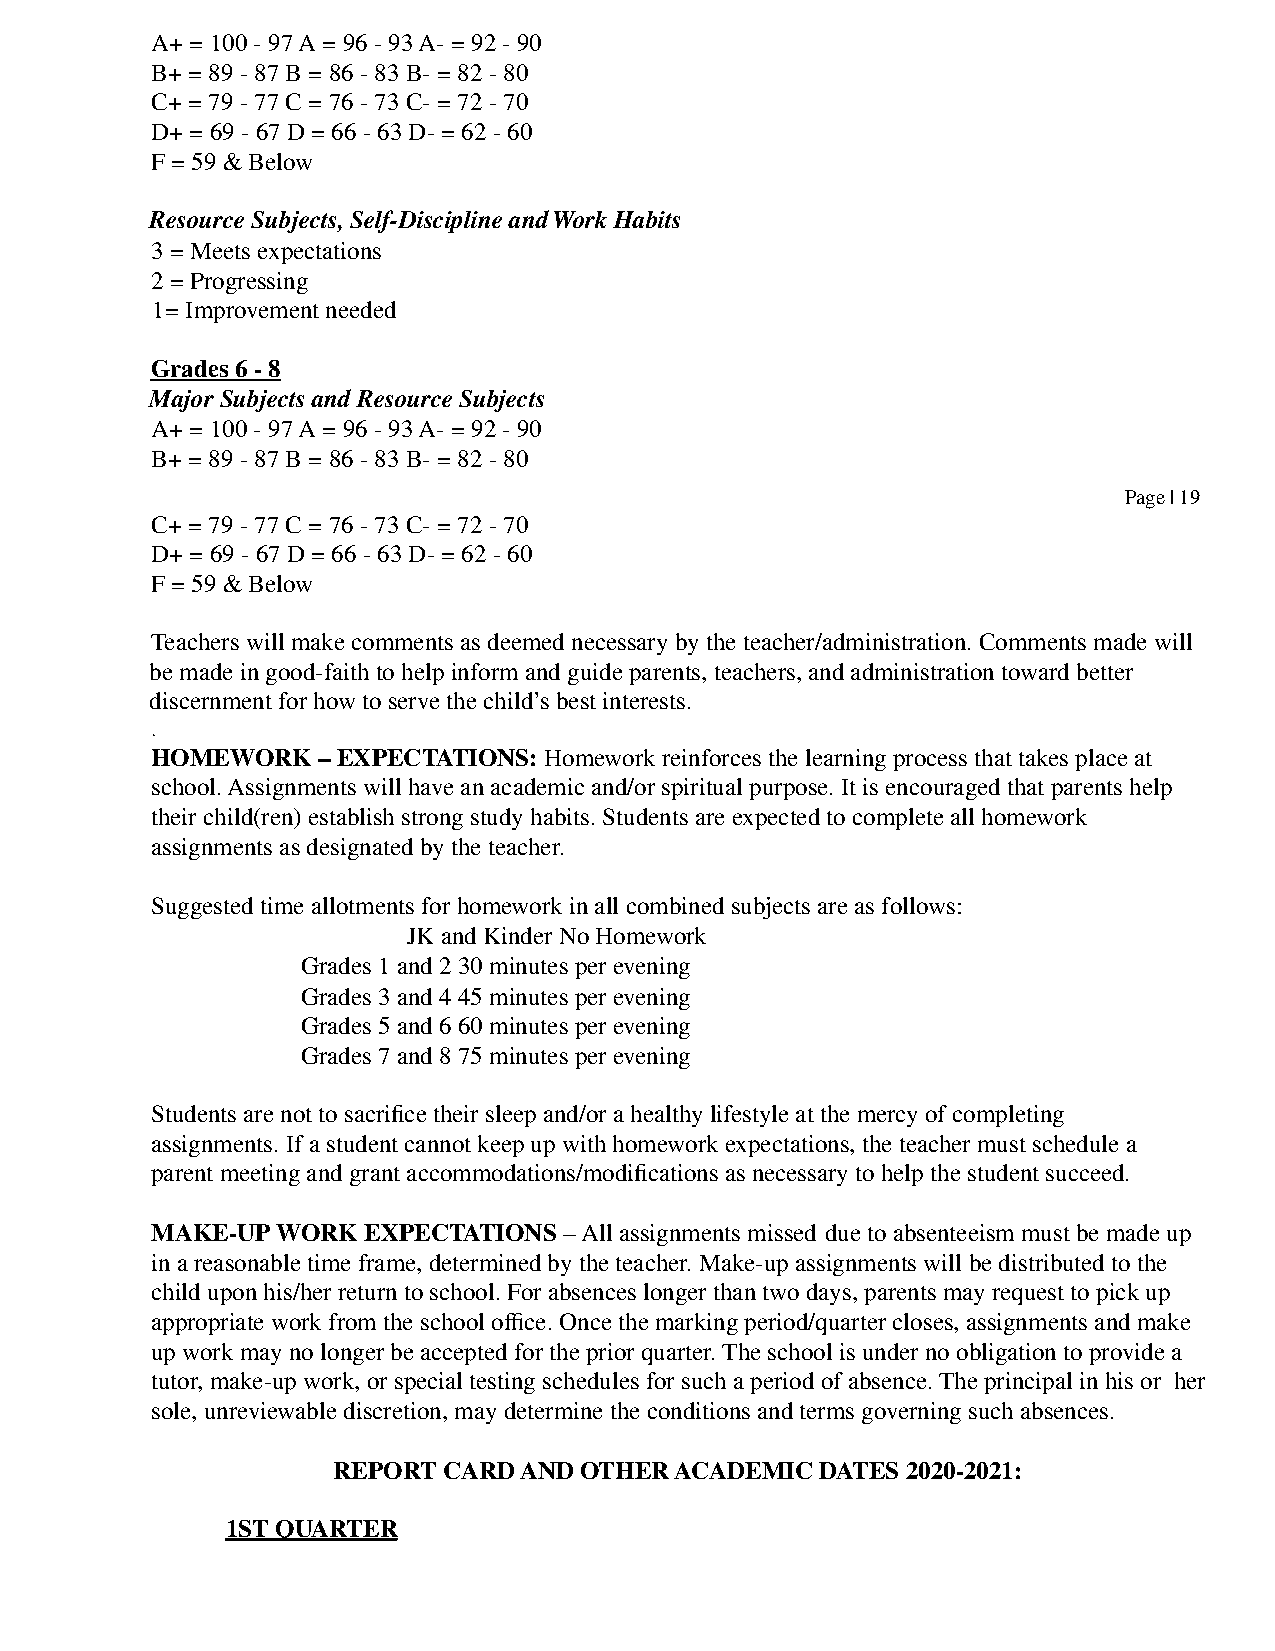
A+ = 100 - 97 A = 96 - 93 A- = 92 - 90
 B+ = 89 - 87 B = 86 - 83 B- = 82 - 80
 C+ = 79 - 77 C = 76 - 73 C- = 72 - 70
 D+ = 69 - 67 D = 66 - 63 D- = 62 - 60
 F = 59 & Below
 Resource Subjects, Self-Discipline and Work Habits
 3 = Meets expectations
 2 = Progressing
 1= Improvement needed
 Grades 6 - 8
 Major Subjects and Resource Subjects
 A+ = 100 - 97 A = 96 - 93 A- = 92 - 90
 B+ = 89 - 87 B = 86 - 83 B- = 82 - 80
 Page | 19
 C+ = 79 - 77 C = 76 - 73 C- = 72 - 70
 D+ = 69 - 67 D = 66 - 63 D- = 62 - 60
 F = 59 & Below
 Teachers will make comments as deemed necessary by the teacher/administration. Comments made will
 be made in good-faith to help inform and guide parents, teachers, and administration toward better
 discernment for how to serve the child’s best interests.
 .
 HOMEWORK   – EXPECTATIONS: Homework reinforces the learning process that takes place at
 school. Assignments will have an academic and/or spiritual purpose. It is encouraged that parents help
 their child(ren) establish strong study habits. Students are expected to complete all homework
 assignments as designated by the teacher.
 Suggested time allotments for homework in all combined subjects are as follows:
 JK and Kinder No Homework
 Grades 1 and 2 30 minutes per evening
 Grades 3 and 4 45 minutes per evening
 Grades 5 and 6 60 minutes per evening
 Grades 7 and 8 75 minutes per evening
 Students are not to sacrifice their sleep and/or a healthy lifestyle at the mercy of completing
 assignments. If a student cannot keep up with homework expectations, the teacher must schedule a
 parent meeting and grant accommodations/modifications as necessary to help the student succeed.
 MAKE-UP WORK  EXPECTATIONS – All assignments missed due to absenteeism must be made up
 in a reasonable time frame, determined by the teacher. Make-up assignments will be distributed to the
 child upon his/her return to school. For absences longer than two days, parents may request to pick up
 appropriate work from the school office. Once the marking period/quarter closes, assignments and make
 up work may no longer be accepted for the prior quarter. The school is under no obligation to provide a
 tutor, make-up work, or special testing schedules for such a period of absence. The principal in his or her
 sole, unreviewable discretion, may determine the conditions and terms governing such absences.
 REPORT CARD AND OTHER  ACADEMIC DATES 2020-2021:
 1ST QUARTER